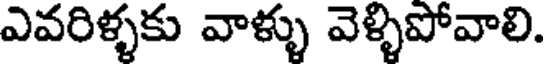
ఎవరిళ్ళకు వాళ్ళు వెళ్ళిపోవాలి.